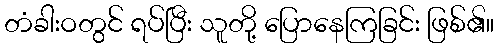
တံခါးဝတွင် ရပ်ပြီး သူတို့ ပြောနေကြခြင်း ဖြစ်၏။